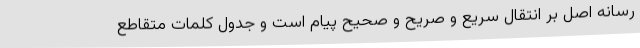
رسانه اصل بر انتقال سریع و صریح و صحیح پیام است و جدول کلمات متقاطع